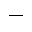
\_